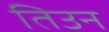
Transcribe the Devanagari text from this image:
तिउन